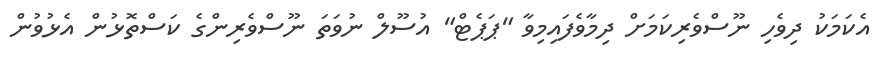
އެކަމަކު ދިވެހި ނޫސްވެރިކަމަށް ދިމާވެފައިމިވާ "ޕަޕެޓް" އުސޫލް ނުވަތަ ނޫސްވެރިންގެ ކަސްތޮޅުން އެޅުވުން